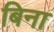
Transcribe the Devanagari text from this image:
बिना